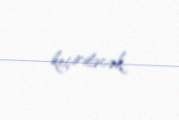
keçiriləcək.